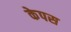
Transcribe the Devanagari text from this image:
केपस